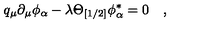
q _ { \mu } \partial _ { \mu } \phi _ { \alpha } - \lambda \Theta _ { [ 1 / 2 ] } \phi _ { \alpha } ^ { \ast } = 0 \quad ,